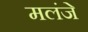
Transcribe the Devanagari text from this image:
मलंजे